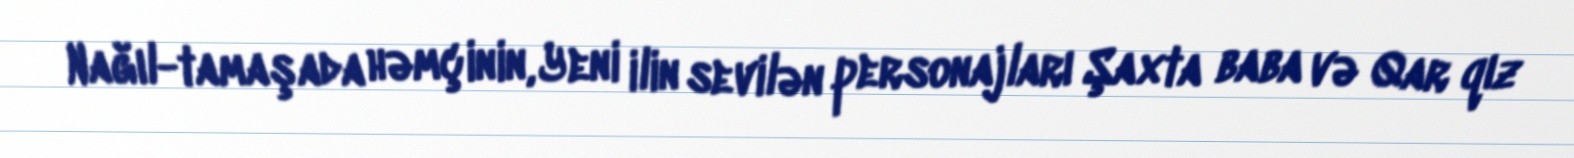
Nağıl-tamaşada həmçinin, Yeni ilin sevilən personajları Şaxta baba və Qar qız